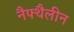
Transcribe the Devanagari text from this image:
नैफ्थैलीन